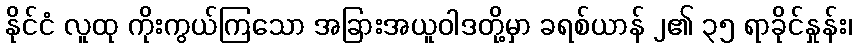
နိုင်ငံ လူထု ကိုးကွယ်ကြသော အခြားအယူဝါဒတို့မှာ ခရစ်ယာန် ၂၏ ၃၅ ရာခိုင်နှုန်း၊